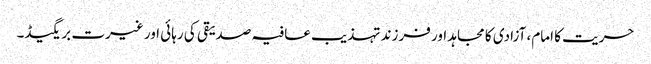
حریت کا امام، آزادی کا مجاہد اور فرزند تہذیب	عافیہ صدیقی کی رہائی اور غیرت بریگیڈ۔